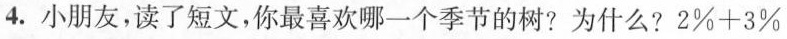
4.小朋友，读了短文，你最喜欢哪一个季节的树？为什么？$$2\%+3\%$$